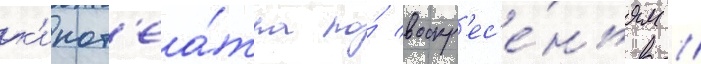
к'инот'еа́тра по́ воскр'ес'е́ньям //